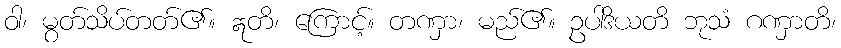
ဝါ၊ မွတ်သိပ်တတ်၏။ ဣတိ၊ ကြောင့်။ တဏှာ၊ မည်၏။ ဥပါဒိယတိ ဘုသံ ဂဏှာတိ၊